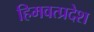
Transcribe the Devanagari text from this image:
हिमवत्प्रदेश